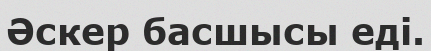
Әскер басшысы еді.